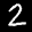
Label: 2